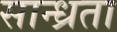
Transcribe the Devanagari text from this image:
सान्ध्रता